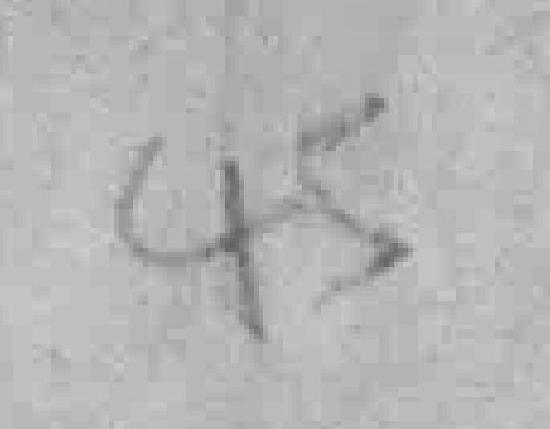
45